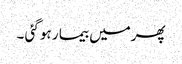
پھرمیں بیما ر ہو گئی ۔